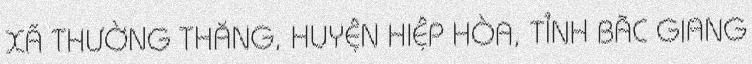
XÃ THƯỜNG THẮNG, HUYỆN HIỆP HÒA, TỈNH BẮC GIANG